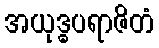
အယုဒ္ဓပရာဇိတံ